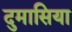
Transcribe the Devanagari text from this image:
दुमासिया